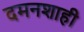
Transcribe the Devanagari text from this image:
दमनशाही